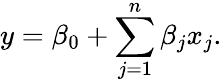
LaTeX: y=\beta_{0}+\sum_{j=1}^{n}\beta_{j}x_{j}.